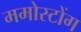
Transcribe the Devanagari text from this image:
ममोस्टोंग